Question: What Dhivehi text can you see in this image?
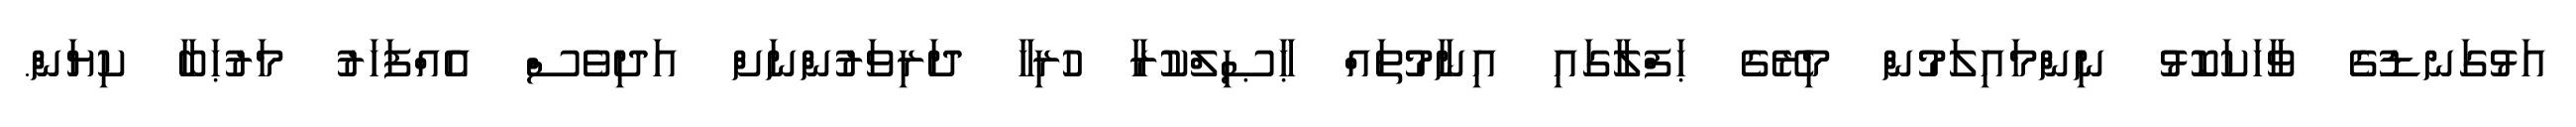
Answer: އަޅުގަނޑުގެ ވާހަކަކޮޅު ނިންމައިލަމުން މިރޭގެ ޙަފްލާގައި އިނާމުތައް ޙާޞިލްކުރާ ހުރިހާ ދަރިވަރުންނަށް އަދިވެސް އެއްފަހަރު މަރުޙަބާ ކިޔަން.